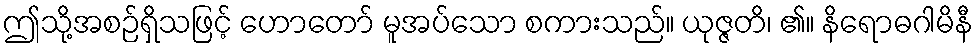
ဤသို့အစဉ်ရှိသဖြင့် ဟောတော် မူအပ်သော စကားသည်။ ယုဇ္ဇတိ၊ ၏။ နိရောဓဂါမိနီ